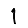
Digit: 1